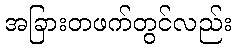
အခြားတဖက်တွင်လည်း